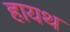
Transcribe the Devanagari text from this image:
हायथ